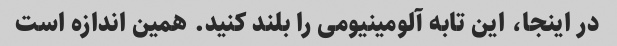
در اینجا، این تابه آلومینیومی را بلند کنید. همین اندازه است